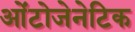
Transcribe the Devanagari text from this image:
ओंटोजेनेटिक